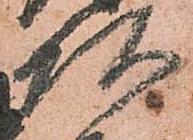
頭